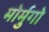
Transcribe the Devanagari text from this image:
मोर्मुगो